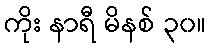
ကိုး နာရီ မိနစ် ၃၀။